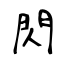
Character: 閃